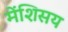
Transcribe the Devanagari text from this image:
मेंशिसय